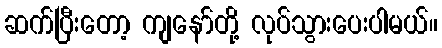
ဆက်ပြီးတော့ ကျနော်တို့ လုပ်သွားပေးပါမယ်။